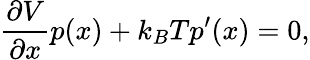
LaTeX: {\frac{\partial V}{\partial x}}p(x)+{k_{B}T}p^{\prime}(x)=0,